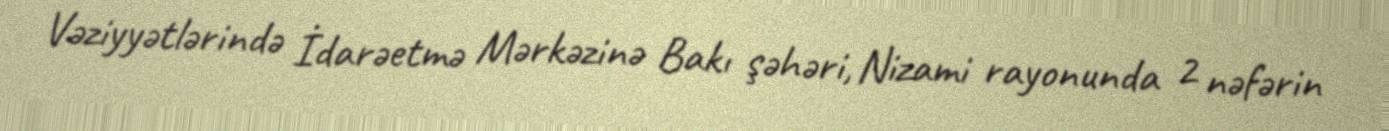
Vəziyyətlərində İdarəetmə Mərkəzinə Bakı şəhəri, Nizami rayonunda 2 nəfərin